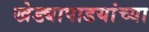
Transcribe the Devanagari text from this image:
खेड्यापाडयांच्या